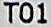
T01